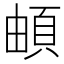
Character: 頔